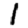
Digit: 1